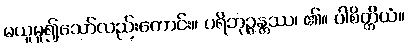
မယူမူ၍သော်လည်းကောင်း။ ပရိဘုဉ္ဇန္တဿ၊ ၏။ ပါစိတ္တိယံ။